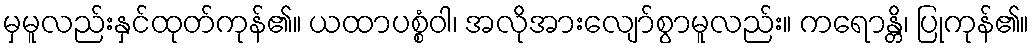
မှမူလည်းနှင်ထုတ်ကုန်၏။ ယထာပစ္စံဝါ၊ အလိုအားလျော်စွာမူလည်း။ ကရောန္တိ၊ ပြုကုန်၏။